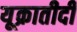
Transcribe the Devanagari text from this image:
यूक्रातीदी